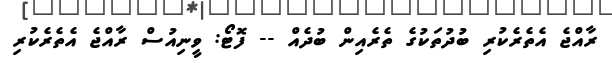
ރާއްޖެ އެތެރެކުރި ބުދުތަކުގެ ތެރެއިން ބުދެއް -- ފޮޓޯ: ވީނިއުސް ރާއްޖެ އެތެރެކުރި